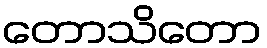
တောသိတော